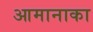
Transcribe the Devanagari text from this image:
आमानाका